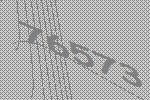
76573